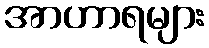
အာဟာရများ